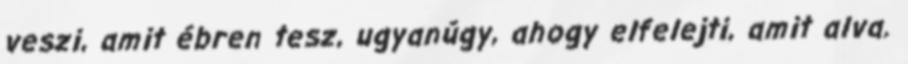
veszi, amit ébren tesz, ugyanúgy, ahogy elfelejti, amit alva.